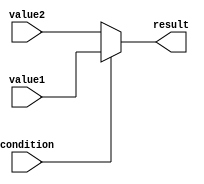
module conditional_assign(input condition, input value1, input value2, output reg result);

always @* begin
    if (condition) begin
        result = value1;
    end
    else begin
        result = value2;
    end
end

endmodule